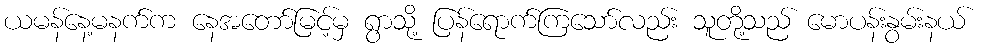
ယမန်နေ့မနက်က နေအတော်မြင့်မှ ရွာသို့ ပြန်ရောက်ကြသော်လည်း သူတို့သည် မောပန်းနွမ်းနယ်